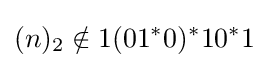
(n)_{2}\notin 1(01^{*}0)^{*}10^{*}1